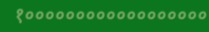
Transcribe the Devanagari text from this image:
१००००००००००००००००००